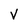
Character: V